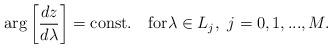
LaTeX: \begin{align*}\arg\left[\frac{dz}{d\lambda}\right]= \textrm{const.} \quad\mbox{for}\lambda\in L_j, \ j=0,1,...,M.\end{align*}